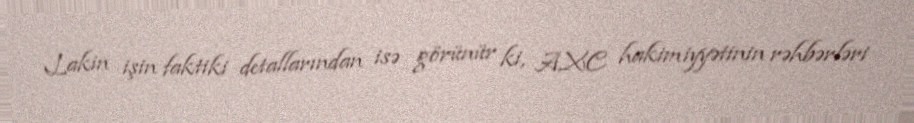
Lakin işin faktiki detallarından isə görünür ki, AXC hakimiyyətinin rəhbərləri